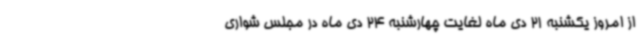
از امروز یکشنبه 21 دی ماه لغایت چهارشنبه 24 دی ماه در مجلس شواری